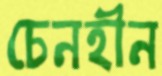
চেনহীন